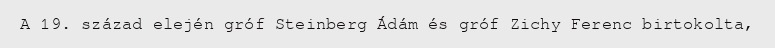
A 19. század elején gróf Steinberg Ádám és gróf Zichy Ferenc birtokolta,